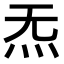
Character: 𪸓